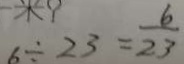
6 \div 2 3 = \frac { 6 } { 2 3 }